Report of the Indian Hemp Drugs Commission, 1894-1895 - Volume IV
Year: 1894
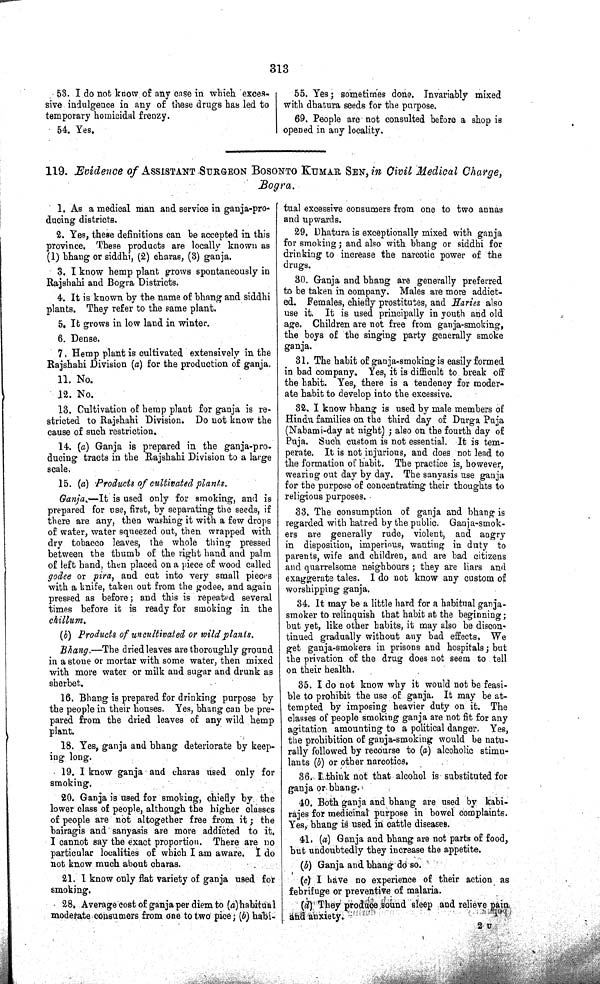
313
53. I do not know of any case in which exces-
sive indulgence in any of these drugs has led to
temporary homicidal frenzy.
54. Yes.
55. Yes; sometimes done. Invariably mixed
with dhatura seeds for the purpose.
69. People are not consulted before a shop is
opened in any locality.
119. Evidence of ASSISTANT SURGEON BOSONTO KUMAR SEN, in Civil Medical Charge,
Bogra.
1. As a medical man and service in ganja-pro-
ducing districts.
2. Yes, these definitions can be accepted in this
province. These products are locally known as
(1) bhang or siddhi, (2) charas, (3) ganja.
3. I know hemp plant grows spontaneously in
Rajshahi and Bogra Districts.
4. It is known by the name of bhang and siddhi
plants. They refer to the same plant.
5. It grows in low land in winter.
6. Dense.
7. Hemp plant is cultivated extensively in the
Rajshahi Division (a) for the production of ganja.
11. No.
12. No.
13. Cultivation of hemp plant for ganja is re-
stricted to Rajshahi Division. Do not know the
cause of such restriction.
14. (a) Ganja is prepared in the ganja-pro-
ducing tracts in the Rajshahi Division to a large
scale.
15. (a) Products of cultivated plants.
Ganja.—It is used only for smoking, and is
prepared for use, first, by separating the seeds, if
there are any, then washing it with a few drops
of water, water squeezed out, then wrapped with
dry tobacco leaves, the whole thing pressed
between the thumb of the right hand and palm
of left hand, then placed on a piece of wood called
godee or pira, and cut into very small pieces
with a knife, taken out from the godee, and again
pressed as before; and this is repeated several
times before it is ready for smoking in the
chillum.
(b) Products of uncultivated or wild plants.
Bhang.—The dried leaves are thoroughly ground
in a stone or mortar with some water, then mixed
with more water or milk and sugar and drunk as
sherbet.
16. Bhang is prepared for drinking purpose by
the people in their houses. Yes, bhang can be pre-
pared from the dried leaves of any wild hemp
plant.
18. Yes, ganja and bhang deteriorate by keep-
ing long.
19. I know ganja and charas used only for
smoking.
20. Ganja is used for smoking, chiefly by the
lower class of people, although the higher classes
of people are not altogether free from it; the
bairagis and sanyasis are more addicted to it.
I cannot say the exact proportion. There are no
particular localities of which I am aware. I do
not know much about charas.
21. I know only flat variety of ganja used for
smoking.
28. Average cost of ganja per diem to (a)habitual
moderate consumers from one to two pice; (b) habi-
tual excessive consumers from one to two annas
and upwards.
29. Dhatura is exceptionally mixed with ganja
for smoking; and also with bhang or siddhi for
drinking to increase the narcotic power of the
drugs.
30. Ganja and bhang are generally preferred
to be taken in company. Males are more addict-
ed. Females, chiefly prostitutes, and Haries also
use it. It is used principally in youth and old
age. Children are not free from ganja-smoking,
the boys of the singing party generally smoke
ganja.
31. The habit of ganja-smoking is easily formed
in bad company. Yes, it is difficult to break off
the habit. Yes, there is a tendency for moder-
ate habit to develop into the excessive.
32. I know bhang is used by male members of
Hindu families on the third day of Durga Puja
(Nabami-day at night); also on the fourth day of
Puja. Such custom is not essential. It is tem-
perate. It is not injurious, and does not lead to
the formation of habit. The practice is, however,
wearing out day by day. The sanyasis use ganja
for the purpose of concentrating their thoughts to
religious purposes.
33. The consumption of ganja and bhang is
regarded with hatred by the public. Ganja-smok-
ers are generally rude, violent, and angry
in disposition, imperious, wanting in duty to
parents, wife and children, and are bad citizens
and quarrelsome neighbours; they are liars and
exaggerate tales. I do not know any custom of
worshipping ganja.
34. It may be a little hard for a habitual ganja-
smoker to relinquish that habit at the beginning;
but yet, like other habits, it may also be discon-
tinued gradually without any bad effects, We
get ganja-smokers in prisons and hospitals; but
the privation of the drug does not seem to tell
on their health.
35. I do not know why it would not be feasi-
ble to prohibit the use of ganja. It may be at-
tempted by imposing heavier duty on it. The
classes of people smoking ganja are not fit for any
agitation amounting to a political danger. Yes,
the prohibition of ganja-smoking would be natu-
rally followed by recourse to (a) alcoholic stimu-
lants (b) or other narcotics.
36. I think not that alcohol is substituted for
ganja or bhang.
40. Both ganja and bhang are used by kabi-
rajes for medicinal purpose in bowel complaints.
Yes, bhang is used in cattle diseases.
41. (a) Ganja and bhang are not parts of food,
but undoubtedly they increase the appetite.
(b) Ganja and bhang do so.
(c) I have no experience of their action as
febrifuge or preventive of malaria.
(d) They produce sound sleep and relieve pain
and anxiety.
2 U